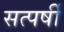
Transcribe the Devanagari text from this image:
सत्पर्षी